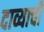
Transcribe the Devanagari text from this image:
दाव्याची